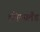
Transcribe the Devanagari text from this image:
क्वीन्स्लँड